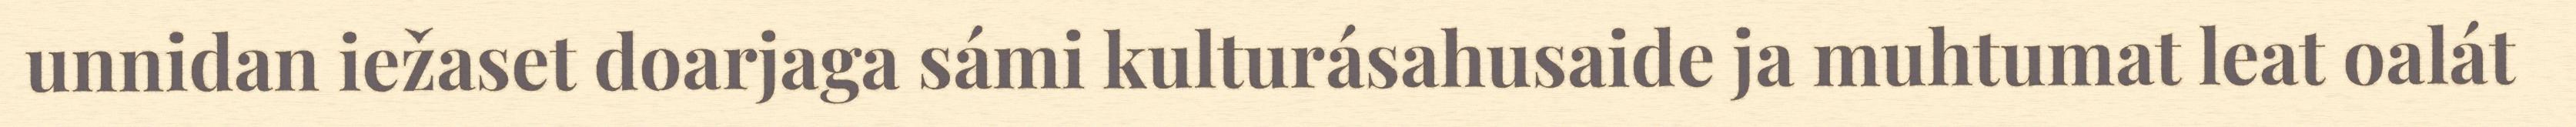
unnidan iežaset doarjaga sámi kulturásahusaide ja muhtumat leat oalát